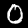
Digit: 0